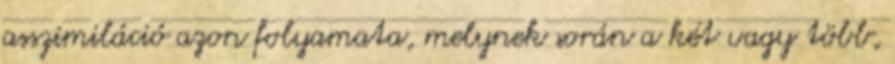
asszimiláció azon folyamata, melynek során a két vagy több,